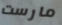
مارست